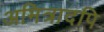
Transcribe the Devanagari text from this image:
अमित्रादपि